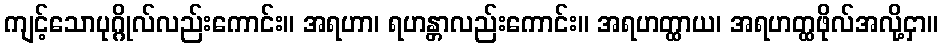
ကျင့်သောပုဂ္ဂိုလ်လည်းကောင်း။ အရဟာ၊ ရဟန္တာလည်းကောင်း။ အရဟတ္ထာယ၊ အရဟတ္ထဖိုလ်အလို့ငှာ။